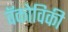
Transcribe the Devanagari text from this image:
वॅकोविकी